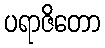
ပရာဇိတော